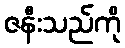
ဇနီးသည်ကို